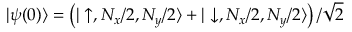
| \psi ( 0 ) \rangle = \left( | \uparrow , N _ { x } / 2 , N _ { y } / 2 \rangle + | \downarrow , N _ { x } / 2 , N _ { y } / 2 \rangle \right) / \sqrt { 2 }